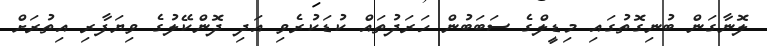
ލޮނާގަން ބުނިގޮތުގައި މިޑީލްގެ ސަބަބުން ހަރަދުތައް ކުޑަކުރެވި އަދި ދޮންކޭލުގެ ވިޔަފާރި އިތުރަށް